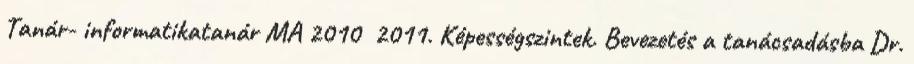
Tanár- informatikatanár MA 2010 2011. Képességszintek. Bevezetés a tanácsadásba Dr.